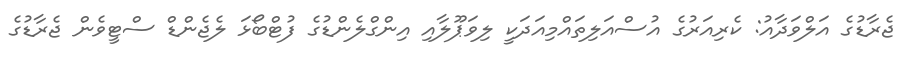
ޖެރާޑުގެ އަލްވަދާއު: ކެރިއަރުގެ އުސްއަލިތައްމިއަދަކީ ލިވަޕޫލާއި އިންގްލެންޑުގެ ފުޓްބޯޅަ ލެެޖެންޑް ސްޓީވެން ޖެރާޑުގެ